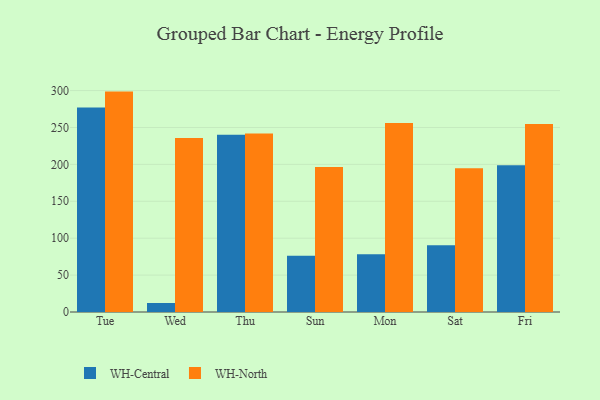
{"axis": {"x": "Day", "y": "Headcount"}, "legend": ["WH-Central", "WH-North"], "data": [{"x": "Tue", "y": 277.2, "type": "WH-Central"}, {"x": "Tue", "y": 298.6, "type": "WH-North"}, {"x": "Wed", "y": 12.2, "type": "WH-Central"}, {"x": "Wed", "y": 235.6, "type": "WH-North"}, {"x": "Thu", "y": 240.0, "type": "WH-Central"}, {"x": "Thu", "y": 241.8, "type": "WH-North"}, {"x": "Sun", "y": 76.3, "type": "WH-Central"}, {"x": "Sun", "y": 196.6, "type": "WH-North"}, {"x": "Mon", "y": 78.4, "type": "WH-Central"}, {"x": "Mon", "y": 256.1, "type": "WH-North"}, {"x": "Sat", "y": 90.6, "type": "WH-Central"}, {"x": "Sat", "y": 194.8, "type": "WH-North"}, {"x": "Fri", "y": 198.7, "type": "WH-Central"}, {"x": "Fri", "y": 254.6, "type": "WH-North"}]}